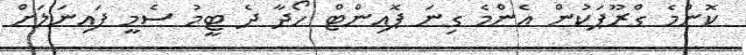
ކޮންމެ ގްރޫޕަކުން އެންމެ ގިނަ ޕޮއިންޓް ހޯދާ ދެ ޓީމު ސެމީ ފައިނަލަށް